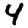
Digit: 4